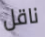
ناقل